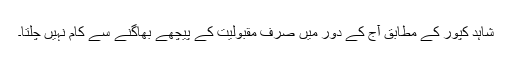
شاہد کپور کے مطابق آج کے دور میں صرف مقبولیت کے پیچھے بھاگنے سے کام نہیں چلتا۔